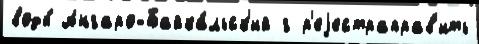
воды́ Ангаро-Байка́льск'ий г р'еjестраправ'ить